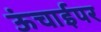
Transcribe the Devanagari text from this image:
ऊंचाईपर